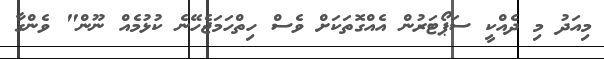
މިއަދު މި ދެއްކީ ސަޕޯޓަރުން އެއްގޮތަކަށް ވެސް ހިތްހަމަޖެހޭނެ ކުޅުމެއް ނޫން" ވެންގާ